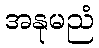
အနုမညံ